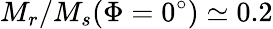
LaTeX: M_{r}/M_{s}(\Phi=0^{\circ})\simeq 0.2